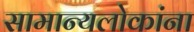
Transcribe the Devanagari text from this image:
सामान्यलोकांना